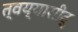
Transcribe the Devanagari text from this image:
त्वय्यासीद्